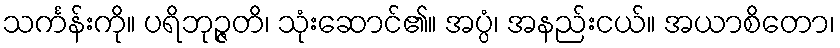
သင်္ကန်းကို။ ပရိဘုဉ္ဇတိ၊ သုံးဆောင်၏။ အပ္ပံ၊ အနည်းငယ်။ အယာစိတော၊